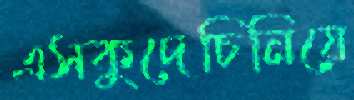
এসকুদেচিনিয়ে